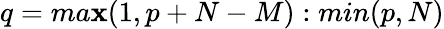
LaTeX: q=ma\mathbf{x}(1,p+N-M):min(p,N)